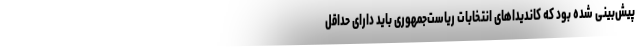
پیش‌بینی شده بود که کاندیداهای انتخابات ریاست‌جمهوری باید دارای حداقل